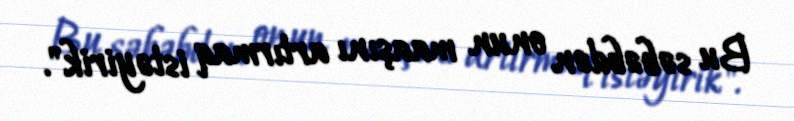
Bu səbəbdən onun maaşını artırmaq istəyirik".